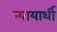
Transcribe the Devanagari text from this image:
न्यायार्थी